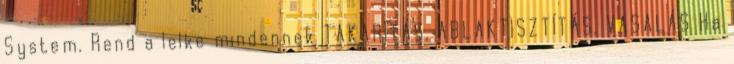
System. Rend a lelke mindennek TAKARÍTÁS, ABLAKTISZTÍTÁS, VASALÁS Ha